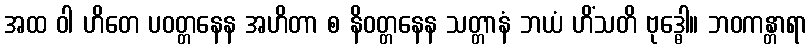
အထ ဝါ ဟိတေ ပဝတ္တနေန အဟိတာ စ နိဝတ္တနေန သတ္တာနံ ဘယံ ဟိံသတိ ဗုဒ္ဓေါ။ ဘဝကန္တာရာ